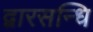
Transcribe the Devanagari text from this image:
द्वारसन्धि